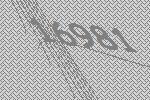
16981